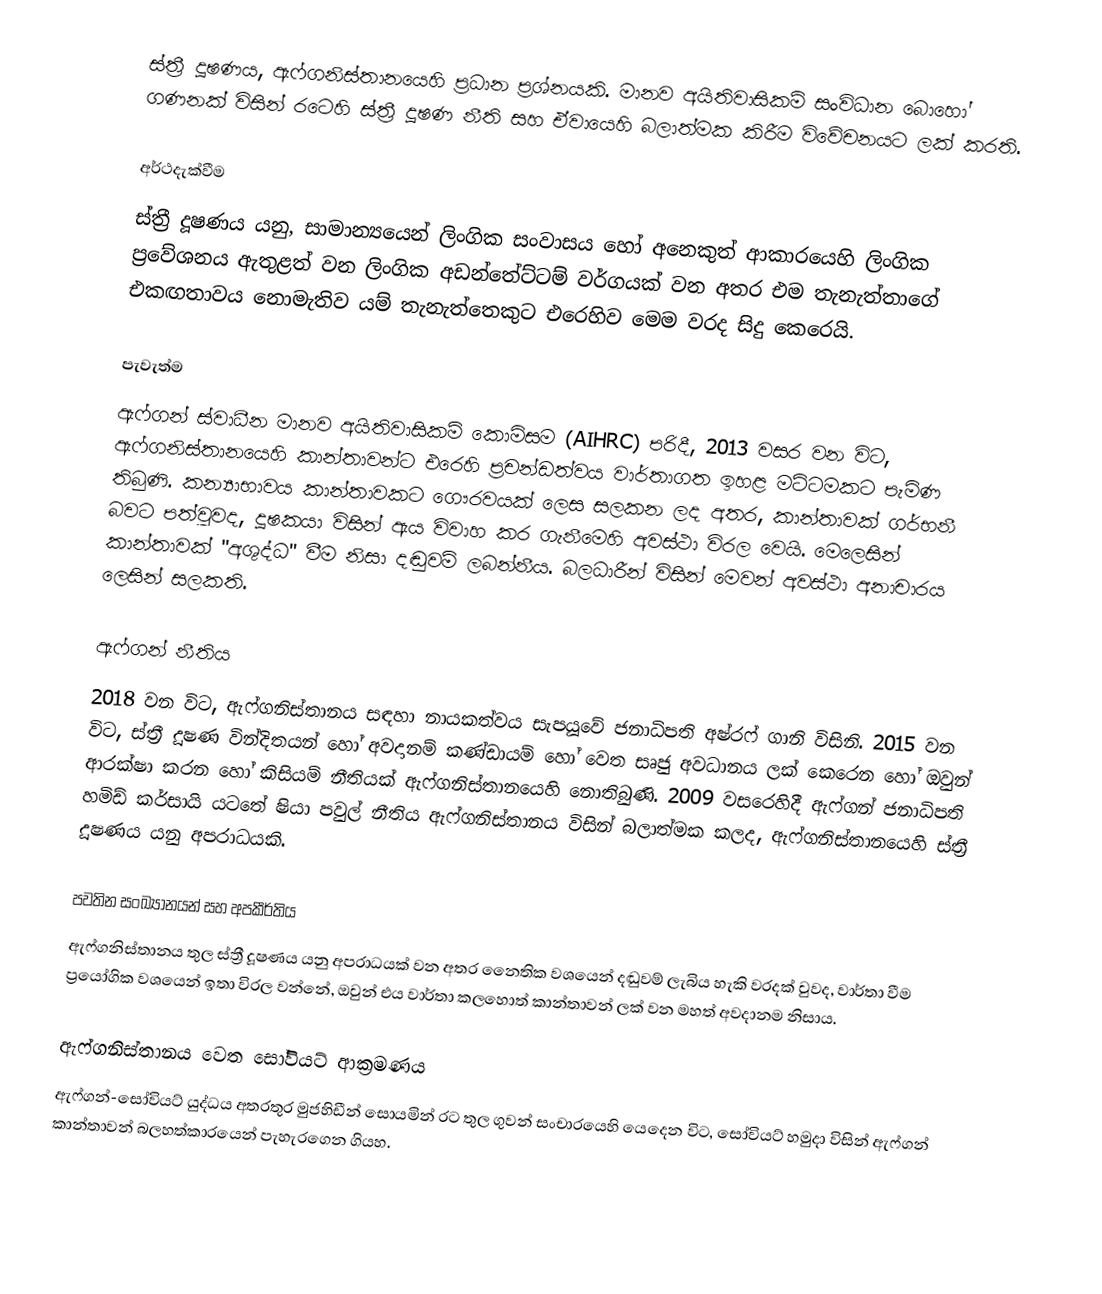
ස්ත්‍රී දූෂණය, ඇෆ්ගනිස්තානයෙහි ප්‍රධාන ප්‍රශ්නයකි. මානව අයිතිවාසිකම් සංවිධාන බොහෝ ගණනක් විසින් රටෙහි ස්ත්‍රී දූෂණ නීති සහ ඒවායෙහි බලාත්මක කිරීම විවේචනයට ලක් කරති.

අර්ථදැක්වීම
ස්ත්‍රී දූෂණය යනු, සාමාන්‍යයෙන් ලිංගික සංවාසය හෝ අනෙකුත් ආකාරයෙහි ලිංගික ප්‍රවේශනය ඇතුළත් වන  ලිංගික අඩන්තේට්ටම් වර්ගයක් වන අතර එම තැනැත්තාගේ එකඟතාවය නොමැතිව යම් තැනැත්තෙකුට එරෙහිව මෙම වරද සිදු කෙරෙයි.

පැවැත්ම
ඇෆ්ගන් ස්වාධීන මානව අයිතිවාසිකම් කොමිසම (AIHRC) පරිදී, 2013 වසර වන විට,  ඇෆ්ගනිස්තානයෙහි කාන්තාවන්ට එරෙහි ප්‍රචන්ඩත්වය වාර්තාගත ඉහළ මට්ටමකට පැමිණ තිබුණි. කන්‍යාභාවය කාන්තාවකට ගෞරවයක් ලෙස සලකන ලද අතර, කාන්තාවක් ගර්භනී බවට පත්වූවද, දූෂකයා විසින් ඇය විවාහ කර ගැනීමෙහි අවස්ථා විරල වෙයි. මෙලෙසින් කාන්තාවක් "අශුද්ධ" වීම නිසා දඬුවම් ලබන්නීය. බලධාරීන් විසින් මෙවන් අවස්ථා  අනාචාරය ලෙසින් සලකති.

ඇෆ්ගන් නීතිය
2018 වන විට, ඇෆ්ගනිස්තානය සඳහා නායකත්වය සැපයූවේ ජනාධිපති අෂ්රෆ් ගානි විසිනි. 2015 වන විට, ස්ත්‍රී දූෂණ වින්දිතයන් හෝ අවදානම් කණ්ඩායම් හෝ වෙත සෘජු අවධානය ලක් කෙරෙන හෝ ඔවුන් ආරක්ෂා කරන හෝ කිසියම් නීතියක් ඇෆ්ගනිස්තානයෙහි නොතිබුණි. 2009 වසරෙහිදී ඇෆ්ගන් ජනාධිපති හමිඩ් කර්සායි යටතේ ෂියා පවුල් නීතිය ඇෆ්ගනිස්තානය විසින් බලාත්මක කලද,  ඇෆ්ගනිස්තානයෙහි ස්ත්‍රී දූෂණය යනු අපරාධයකි.

පවතින සංඛ්‍යානයන් සහ අපකීර්තිය
ඇෆ්ගනිස්තානය තුල ස්ත්‍රී දූෂණය යනු අපරාධයක් වන අතර නෛතික වශයෙන් දඬුවම් ලැබිය හැකි වරදක් වුවද, වාර්තා වීම ප්‍රයෝගික වශයෙන් ඉතා විරල වන්නේ, ඔවුන් එය වාර්තා කලහොත් කාන්තාවන් ලක් වන මහත් අවදානම නිසාය.

ඇෆ්ගනිස්තානය වෙත සෝවියට් ආක්‍රමණය
ඇෆ්ගන්-සෝවියට් යුද්ධය අතරතුර මුජහිඩීන් සොයමින් රට තුල ගුවන් සංචාරයෙහි යෙදෙන විට, සෝවියට් හමුදා විසින් ඇෆ්ගන් කාන්තාවන් බලහත්කාරයෙන් පැහැරගෙන ගියහ.